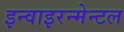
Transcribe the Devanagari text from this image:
इन्वाइरन्मेन्टल